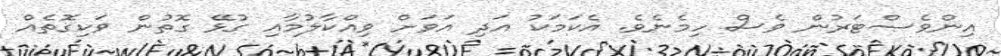
އިންވެސްޓަރުން ވެސް ހިމެނެވެ. އެކަމަކު އަދި އަވަށް ވިއްކާލުމާއި ގުޅޭ ގޮތުން ވަކިގޮތެއް